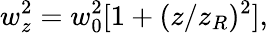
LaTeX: w_{z}^{2}=w_{0}^{2}[1+(z/z_{R})^{2}],